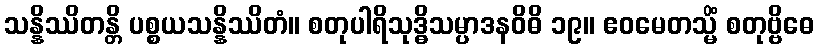
သန္နိဿိတန္တိ ပစ္စယသန္နိဿိတံ။ စတုပါရိသုဒ္ဓိသမ္ပာဒနဝိဓိ ၁၉။ ဧဝမေတသ္မိံ စတုဗ္ဗိဓေ